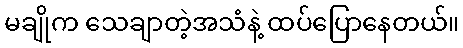
မချိုက သေချာတဲ့အသံနဲ့ ထပ်ပြောနေတယ်။